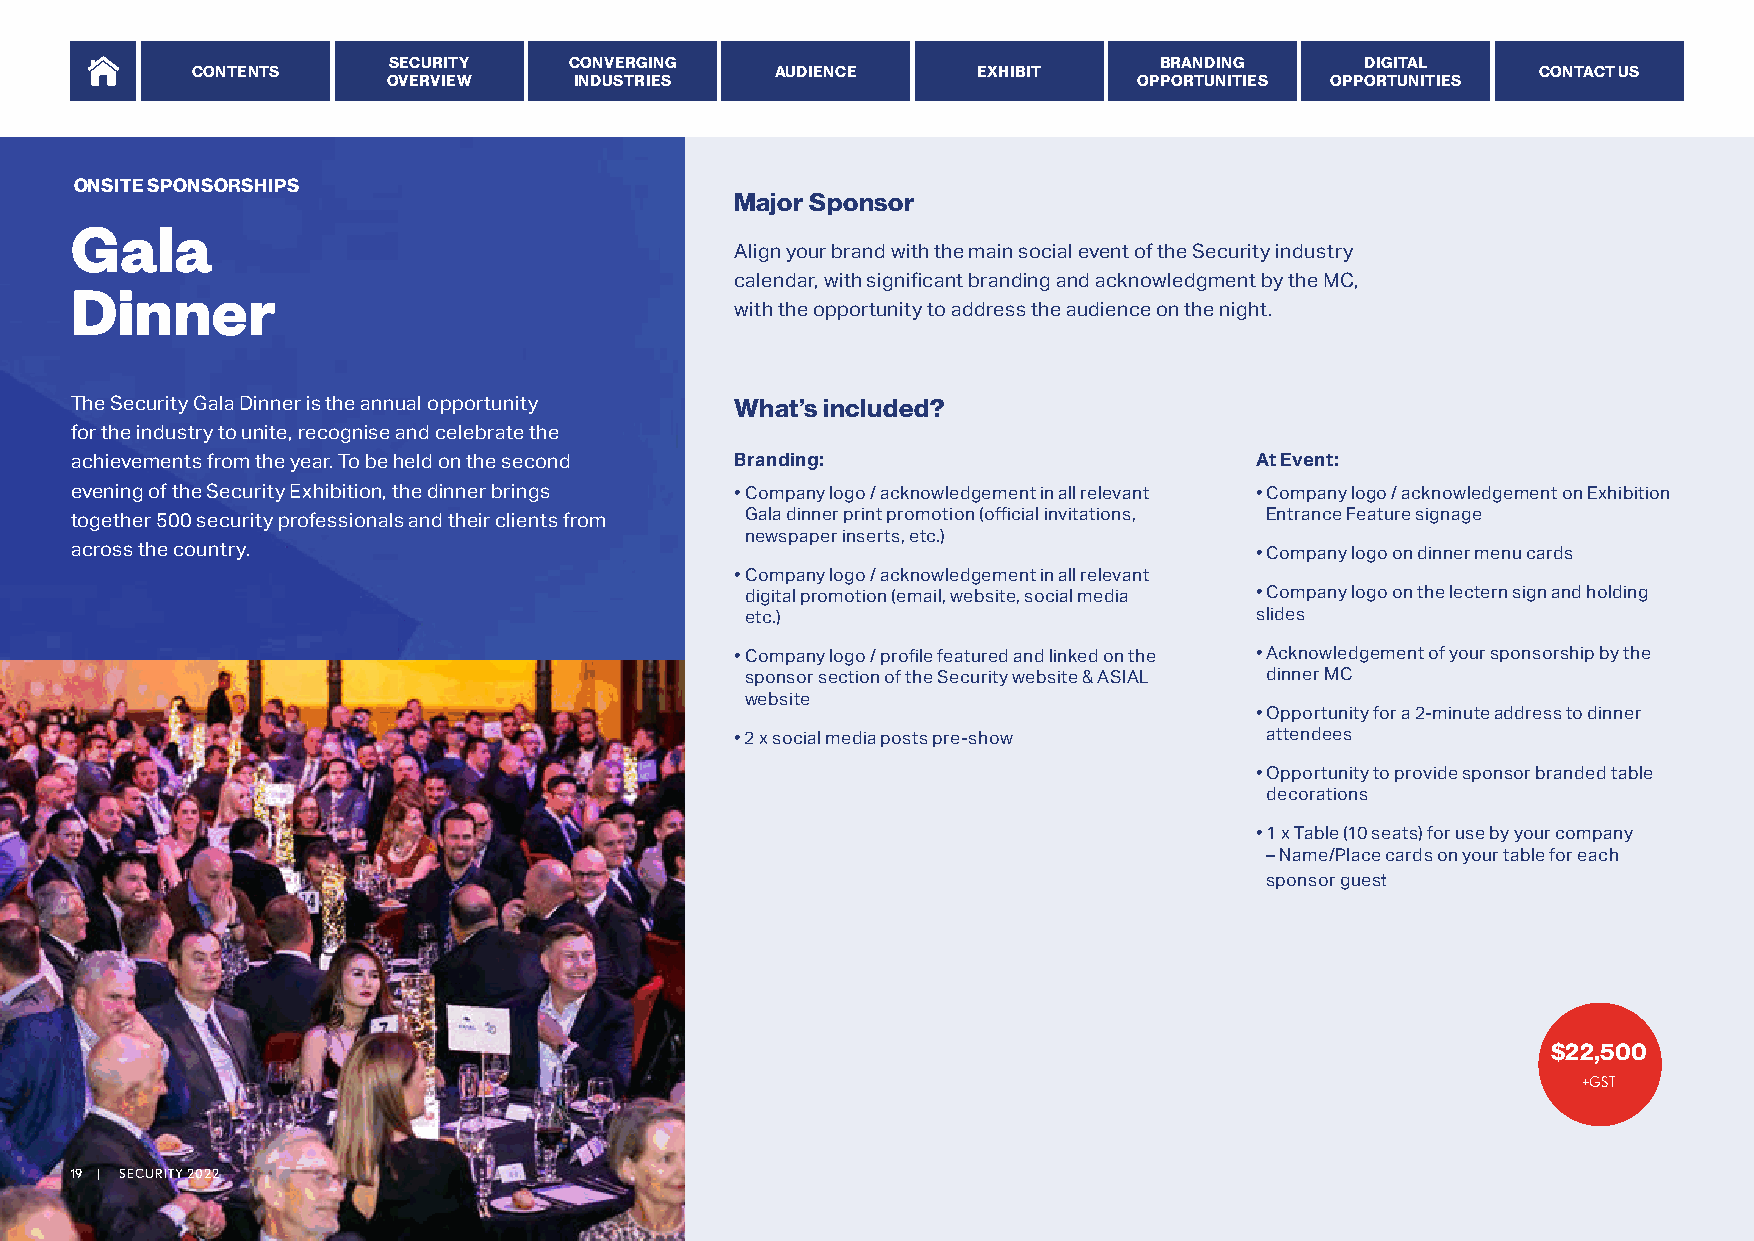
SECURITY    CONVERGING                             BRANDING     DIGITAL
 CONTENTS                              AUDIENCE      EXHIBIT                              CONTACT US
 OVERVIEW    INDUSTRIES                           OPPORTUNITIES OPPORTUNITIES
 ONSITE SPONSORSHIPS
 Major Sponsor
 Gala
 Align your brand with the main social event of the Security industry
 Dinner
 calendar, with significant branding and acknowledgment by the MC,
 with the opportunity to address the audience on the night.
 The Security Gala Dinner is the annual opportunity What’s included?
 for the industry to unite, recognise and celebrate the
 achievements from the year. To be held on the second Branding:                At Event:
 evening of the Security Exhibition, the dinner brings • Company logo / acknowledgement in all relevant • Company logo / acknowledgement on Exhibition
 together 500 security professionals and their clients from                     Entrance Feature signage
 Gala dinner print promotion (official invitations,
 newspaper inserts, etc.)
 across the country.                                                           • Company logo on dinner menu cards
 • Company logo / acknowledgement in all relevant
 digital promotion (email, website, social media • Company logo on the lectern sign and holding
 etc.)                             slides
 • Acknowledgement of your sponsorship by the
 • Company logo / profile featured and linked on the
 sponsor section of the Security website & ASIAL dinner MC
 website
 • O pportunity for a 2-minute address to dinner
 • 2 x social media posts pre-show  attendees
 • Opportunity to provide sponsor branded table
 decorations
 • 1 x Table (10 seats) for use by your company
 – Name/Place cards on your table for each
 sponsor guest
 $22,500
 +GST
 19 | SECURITY 2022